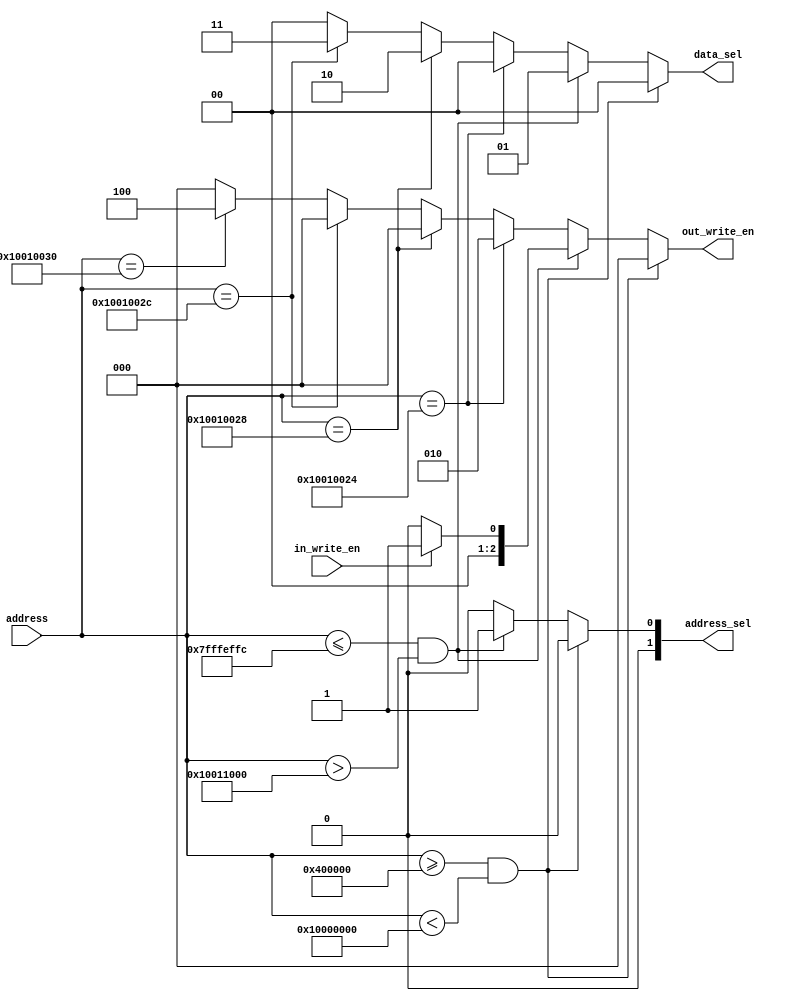
module memory_x_control
#(
    parameter memmory_depth = 32
)
(
    input in_write_en,
    input [memmory_depth-1:0] address,

    output reg[2:0] out_write_en,
    output reg[1:0] address_sel,
    output reg[1:0] data_sel
);

always@(address, in_write_en) begin
    if((address >= 'h00400000) && (address < 'h10000000)) begin
        data_sel = 2'h0;
        address_sel = 2'h0;
        out_write_en = 3'b000;
	end
    else if((address <= 'h7fffeffc) && (address > 'h10011000)) begin
        data_sel = 2'h1;
        address_sel = 2'h1;
        if(in_write_en)
            out_write_en = 3'b001;
        else
            out_write_en = 3'b000;
    end
    else if(address == 'h10010024) begin
        data_sel = 2'h0;
        address_sel = 2'h0;
        out_write_en = 3'b010;
    end
    else if(address == 'h10010028) begin
        data_sel = 2'h2;
        address_sel = 2'h0;
        out_write_en = 3'b000;
    end
    else if(address == 'h1001002C) begin // rx uart
        data_sel = 2'h3;
        address_sel = 2'h0;
        out_write_en = 3'b000;
    end
    else if(address == 'h10010030) begin // tx uart
        data_sel = 2'h0;
        address_sel = 2'h0;
        out_write_en = 3'b100;
    end
    else begin
        data_sel = 2'h0;
        address_sel = 2'h0;
        out_write_en = 3'b000;
    end
end

endmodule